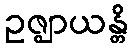
ဥဇ္ဈာယန္တိ